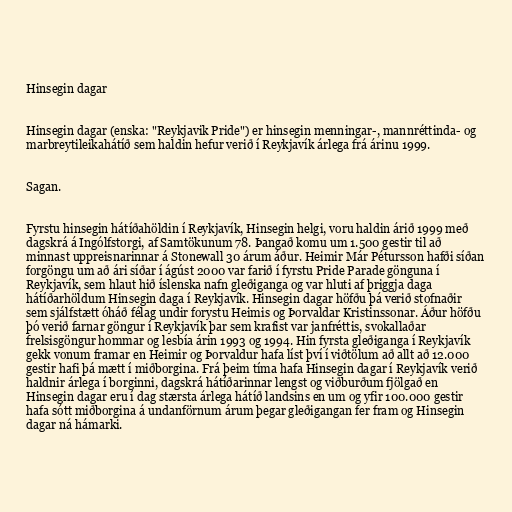
Hinsegin dagar

Hinsegin dagar (enska: "Reykjavik Pride") er hinsegin menningar-, mannréttinda- og
marbreytileikahátíð sem haldin hefur verið í Reykjavík árlega frá árinu 1999.

Sagan.

Fyrstu hinsegin hátíðahöldin í Reykjavík, Hinsegin helgi, voru haldin árið 1999 með
dagskrá á Ingólfstorgi, af Samtökunum 78. Þangað komu um 1.500 gestir til að
minnast uppreisnarinnar á Stonewall 30 árum áður. Heimir Már Pétursson hafði síðan
forgöngu um að ári síðar í ágúst 2000 var farið í fyrstu Pride Parade gönguna í
Reykjavík, sem hlaut hið íslenska nafn gleðiganga og var hluti af þriggja daga
hátíðarhöldum Hinsegin daga í Reykjavík. Hinsegin dagar höfðu þá verið stofnaðir
sem sjálfstætt óháð félag undir forystu Heimis og Þorvaldar Kristinssonar. Áður höfðu
þó verið farnar göngur í Reykjavík þar sem krafist var janfréttis, svokallaðar
frelsisgöngur hommar og lesbía árin 1993 og 1994. Hin fyrsta gleðiganga í Reykjavík
gekk vonum framar en Heimir og Þorvaldur hafa líst því í viðtölum að allt að 12.000
gestir hafi þá mætt í miðborgina. Frá þeim tíma hafa Hinsegin dagar í Reykjavík verið
haldnir árlega í borginni, dagskrá hátíðarinnar lengst og viðburðum fjölgað en
Hinsegin dagar eru í dag stærsta árlega hátíð landsins en um og yfir 100.000 gestir
hafa sótt miðborgina á undanförnum árum þegar gleðigangan fer fram og Hinsegin
dagar ná hámarki.